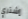
إشتري